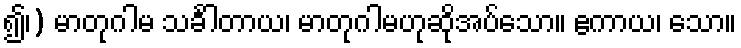
၍၊) မာတုဂါမ သင်္ခါတာယ၊ မာတုဂါမဟုဆိုအပ်သော။ ဧကာယ၊ သော။